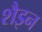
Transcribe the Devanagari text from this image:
शैइन